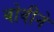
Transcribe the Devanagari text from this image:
बोवीने